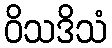
ဝိသဒိသံ